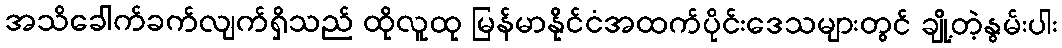
အသိခေါက်ခက်လျက်ရှိသည် ထိုလူထု မြန်မာနိုင်ငံအထက်ပိုင်းဒေသများတွင် ချို့တဲ့နွမ်းပါး